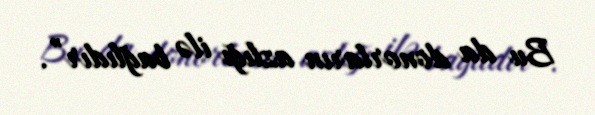
Bu da donorların azlığı ilə bağlıdır”.